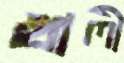
খালী